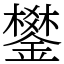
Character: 鐢